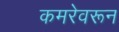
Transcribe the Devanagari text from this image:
कमरेवरून